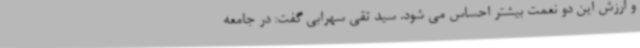
و ارزش این دو نعمت بیشتر احساس می شود. سید تقی سهرابی گفت: در جامعه